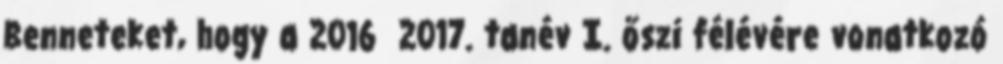
Benneteket, hogy a 2016 2017. tanév I. őszi félévére vonatkozó